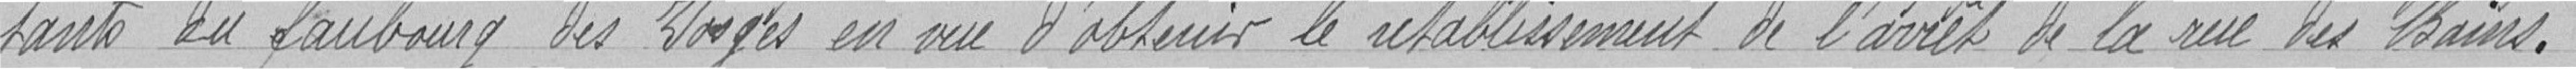
tants du faubourg des Vosges en vue d'obtenir le rétablissement de l'arrêt de la rue des Bains .